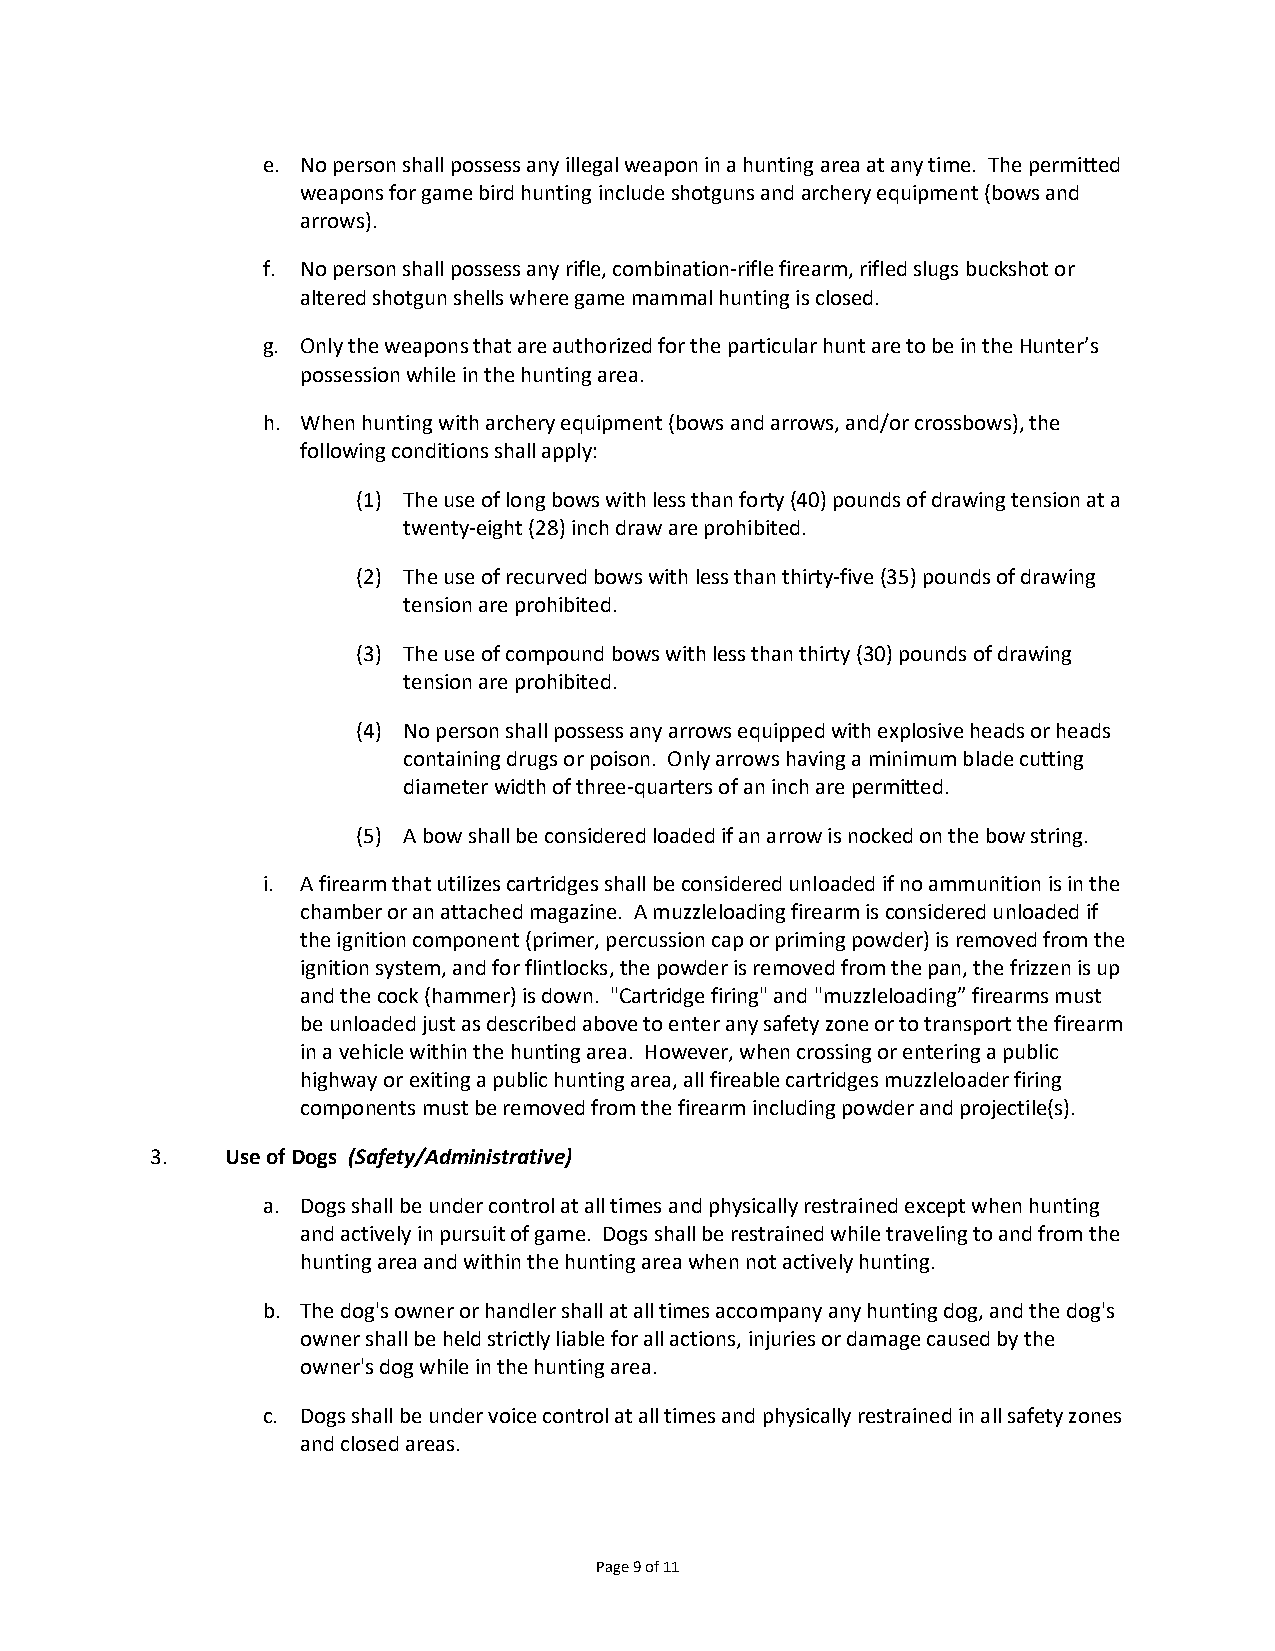
e. No person shall possess any illegal weapon in a hunting area at any time. The permitted
 weapons for game bird hunting include shotguns and archery equipment (bows and
 arrows).
 f. No person shall possess any rifle, combination-rifle firearm, rifled slugs buckshot or
 altered shotgun shells where game mammal hunting is closed.
 g. Only the weapons that are authorized for the particular hunt are to be in the Hunter’s
 possession while in the hunting area.
 h. When hunting with archery equipment (bows and arrows, and/or crossbows), the
 following conditions shall apply:
 (1) The use of long bows with less than forty (40) pounds of drawing tension at a
 twenty-eight (28) inch draw are prohibited.
 (2) The use of recurved bows with less than thirty-five (35) pounds of drawing
 tension are prohibited.
 (3) The use of compound bows with less than thirty (30) pounds of drawing
 tension are prohibited.
 (4) No person shall possess any arrows equipped with explosive heads or heads
 containing drugs or poison. Only arrows having a minimum blade cutting
 diameter width of three-quarters of an inch are permitted.
 (5) A bow shall be considered loaded if an arrow is nocked on the bow string.
 i. A firearm that utilizes cartridges shall be considered unloaded if no ammunition is in the
 chamber or an attached magazine. A muzzleloading firearm is considered unloaded if
 the ignition component (primer, percussion cap or priming powder) is removed from the
 ignition system, and for flintlocks, the powder is removed from the pan, the frizzen is up
 and the cock (hammer) is down. "Cartridge firing" and "muzzleloading” firearms must
 be unloaded just as described above to enter any safety zone or to transport the firearm
 in a vehicle within the hunting area. However, when crossing or entering a public
 highway or exiting a public hunting area, all fireable cartridges muzzleloader firing
 components must be removed from the firearm including powder and projectile(s).
 3.   Use of Dogs (Safety/Administrative)
 a. Dogs shall be under control at all times and physically restrained except when hunting
 and actively in pursuit of game. Dogs shall be restrained while traveling to and from the
 hunting area and within the hunting area when not actively hunting.
 b. The dog's owner or handler shall at all times accompany any hunting dog, and the dog's
 owner shall be held strictly liable for all actions, injuries or damage caused by the
 owner's dog while in the hunting area.
 c. Dogs shall be under voice control at all times and physically restrained in all safety zones
 and closed areas.
 Page 9 of 11